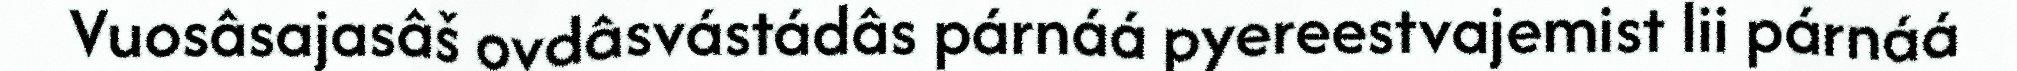
Vuosâsajasâš ovdâsvástádâs párnáá pyereestvajemist lii párnáá